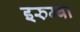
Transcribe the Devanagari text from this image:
इरुम्बा